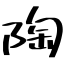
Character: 陶